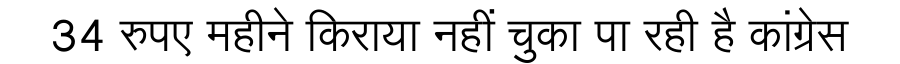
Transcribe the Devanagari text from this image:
34 रुपए महीने किराया नहीं चुका पा रही है कांग्रेस